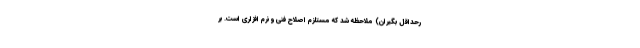
رحداقل بگیران) ملاحظه شد که مستلزم اصلاح فنی و نرم افزاری است. بر